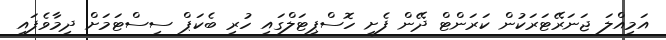
އަމިއްލަ ޖަނަރޭޓަރަކުން ކަރަންޓް ދޭން ފެށީ ހޮސްޕިޓަލްގައި ހުރި ބެކަޕް ސިސްޓަމަށް ދިމާވެފައި